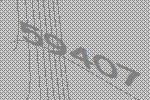
59407